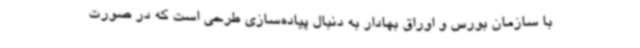
با سازمان بورس و اوراق بهادار به دنبال پیاده‌سازی طرحی است که در صورت